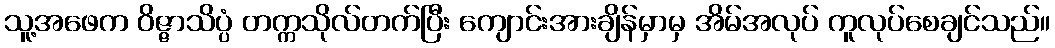
သူ့အဖေက ဝိဇ္ဇာသိပ္ပံ တက္ကသိုလ်တက်ပြီး ကျောင်းအားချိန်မှာမှ အိမ်အလုပ် ကူလုပ်စေချင်သည်။